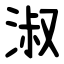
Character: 淑